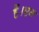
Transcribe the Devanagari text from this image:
हैं।एन